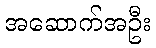
အဆောက်အဦး